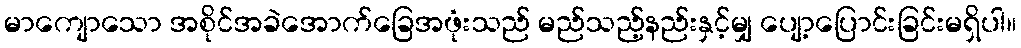
မာကျောသော အစိုင်အခဲအောက်ခြေအဖုံးသည် မည်သည့်နည်းနှင့်မျှ ပျော့ပြောင်းခြင်းမရှိပါ။